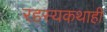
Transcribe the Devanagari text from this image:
रहस्यकथाही